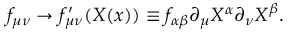
f _ { \mu \nu } \to f _ { \mu \nu } ^ { \prime } ( X ( x ) ) \equiv f _ { \alpha \beta } \partial _ { \mu } X ^ { \alpha } \partial _ { \nu } X ^ { \beta } .